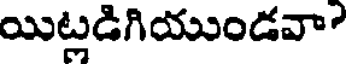
యిట్లడిగియుండవా?